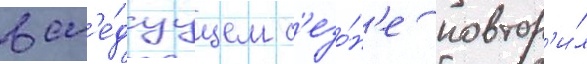
в сл'е́дуущем с'езо́н'е повтор'и́л